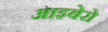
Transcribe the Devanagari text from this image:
आइबेरो